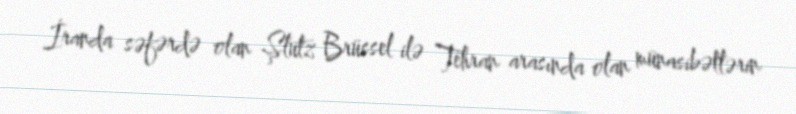
İranda səfərdə olan Şlutz Brüssel ilə Tehran arasında olan münasibətlərin